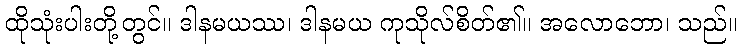
ထိုသုံးပါးတို့တွင်။ ဒါနမယဿ၊ ဒါနမယ ကုသိုလ်စိတ်၏။ အလောဘော၊ သည်။